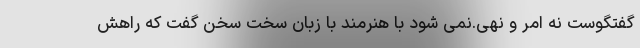
گفتگوست نه امر و نهی.نمی شود با هنرمند با زبان سخت سخن گفت که راهش